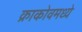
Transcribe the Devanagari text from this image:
क्राकोवमध्ये